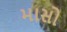
માસો